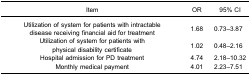
<table><thead><tr><td><b>Item</b></td><td><b>OR</b></td><td><b>95% CI</b></td></tr></thead><tbody><tr><td>Utilization of system for patients with intractabledisease receiving financial aid for treatment</td><td>1.68</td><td>0.73–3.87</td></tr><tr><td>Utilization of system for patients withphysical disability certificate</td><td>1.02</td><td>0.48–2.16</td></tr><tr><td>Hospital admission for PD treatment</td><td>4.74</td><td>2.18–10.32</td></tr><tr><td>Monthly medical payment</td><td>4.01</td><td>2.23–7.51</td></tr></tbody></table>